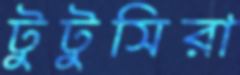
টুটুসিরা